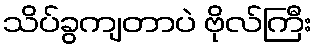
သိပ်ခွကျတာပဲ ဗိုလ်ကြီး